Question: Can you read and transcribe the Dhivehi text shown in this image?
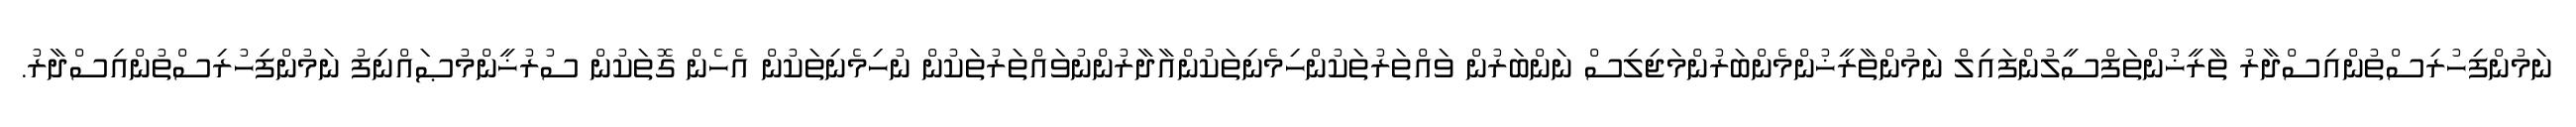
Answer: ނަމުންފިހުރިސްތުންއިސްދާރު ތާރީޚުންތަފްސީލުންފައިލް ނަމުންތާރީޚުންމެންބަރުންމަޖިލިސް ނަންބަރުން ވައްތަރުތަކުންހިމެނިތަކުންއާދާރުންނުވައްތަރުތަކުން ނުހިމެނިތަކުން އެހެން ގޮތަކުން ސުރުޚީންމުޞައްނިފު ނަމުންފިހުރިސްތުންއިސްދާރު.